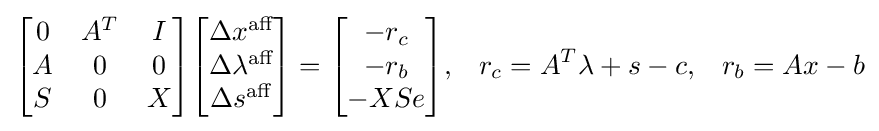
{\begin{bmatrix}0&A^{T}&I\\A&0&0\\S&0&X\end{bmatrix}}{\begin{bmatrix}\Delta x^{\text{aff}}\\\Delta \lambda ^{\text{aff}}\\\Delta s^{\text{aff}}\end{bmatrix}}={\begin{bmatrix}-r_{c}\\-r_{b}\\-XSe\end{bmatrix}},\;\;\;r_{c}=A^{T}\lambda +s-c,\;\;\;r_{b}=Ax-b